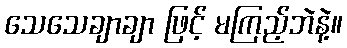
သေသေချာချာ ဖြင့် မကြည့်ဘဲနဲ့။